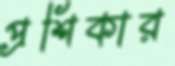
প্রশিকার